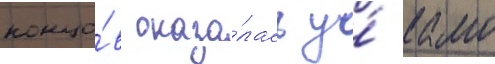
концо́в оказа́лась у́ камо